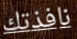
نافذتك